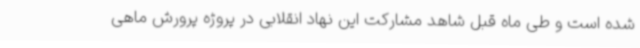
شده است و طی ماه قبل شاهد مشارکت این نهاد انقلابی در پروژه پرورش ماهی